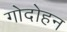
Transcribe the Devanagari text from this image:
गोदोहन